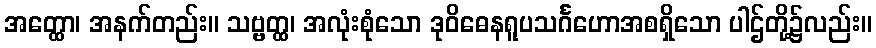
အတ္ထော၊ အနက်တည်း။ သဗ္ဗတ္ထ၊ အလုံးစုံသော ဒုဝိဓေနရူပသင်္ဂဟောအစရှိသော ပါဌ်တို့၌လည်း။